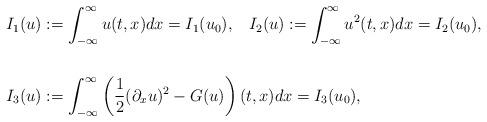
LaTeX: \begin{align*}\begin{aligned}I_1(u)&:=\int_{-\infty}^{\infty}u(t,x)dx=I_1(u_0),\;\;\;I_2(u):=\int_{-\infty}^{\infty}u^2(t,x)dx=I_2(u_0),\\\\I_3(u)&:=\int_{-\infty}^{\infty}\left(\frac12 (\partial_xu)^2 -G(u)\right)(t,x)dx=I_3(u_0),\end{aligned}\end{align*}